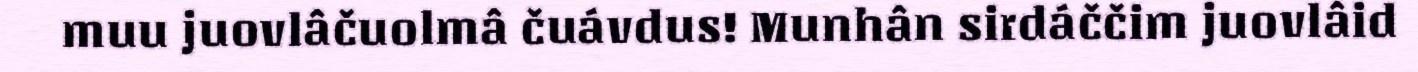
muu juovlâčuolmâ čuávdus! Munhân sirdáččim juovlâid